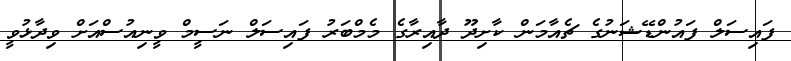
ފައިސަލް ފައުންޑޭޝަނުގެ ޗެއާމަން ކާށިދޫ ދާއިރާގެ މެމްބަރު ފައިސަލް ނަސީމް ވީނިއުސްއަށް ވިދާޅުވީ